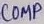
Text: COMP